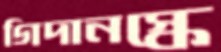
গিদানস্কে